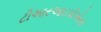
ટીઆરઆઇપીએસ